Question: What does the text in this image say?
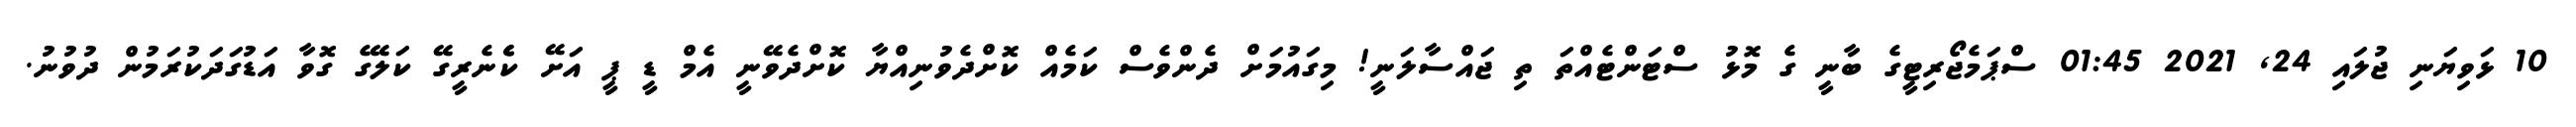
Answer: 10 ޅަވިޔަނި ޖުލައި 24, 2021 01:45 ސްޕަމެޖޯރިޓީގެ ބާނީ ގެ މޮޅު ސްޓަންޓެއްތަ ތި ޖައްސާލަނީ! މިގައުމަށް ދެންވެސް ކަމެއް ކޮށްދެވުނިއްޔާ ކޮށްދެވޭނީ އެމް ޑީ ޕީ އަށޭ ކެެެނެރީގޭ ކަލޭގެ ގޮވާ އަޑުގަދަކުރަމުން ދުވުނު.